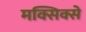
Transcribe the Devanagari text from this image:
मक्सिक्से